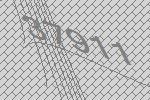
37911